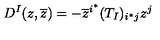
D ^ { I } ( z , \overline { z } ) = - \overline { z } ^ { i ^ { * } } ( T _ { I } ) _ { i ^ { * } j } z ^ { j }